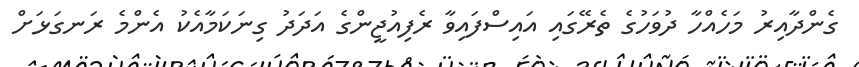
ގެންދާއިރު މަހެއްހާ ދުވަހުގެ ތެރޭގައި އައިސްފައިވާ ރެފިއުޖީންގެ އަދަދު ގިނަކަމާއެކު އެންމެ ރަނގަޅަށް